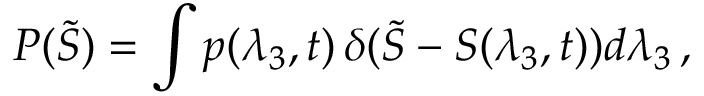
P ( \tilde { S } ) = \int p ( \lambda _ { 3 } , t ) \, \delta ( \tilde { S } - S ( \lambda _ { 3 } , t ) ) d \lambda _ { 3 } \, ,